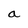
Character: a